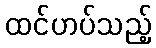
ထင်ဟပ်သည့်